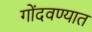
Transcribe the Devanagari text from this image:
गोंदवण्यात